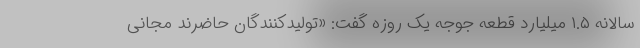
سالانه ۱.۵ میلیارد قطعه جوجه یک روزه گفت: «تولیدکنندگان حاضرند مجانی